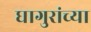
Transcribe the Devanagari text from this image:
घागुरांच्या